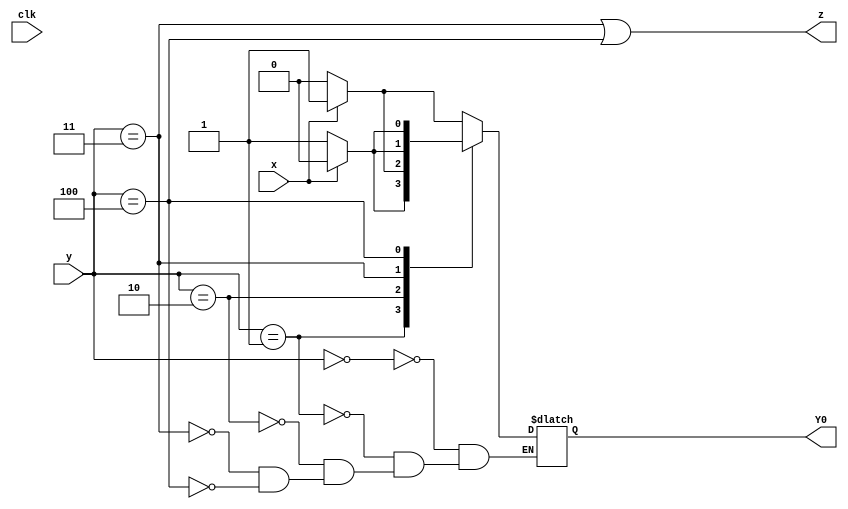
module top_module (
    input clk,
    input [2:0] y,
    input x,
    output Y0,
    output z
);
    parameter a = 0, b = 1, c = 2, d = 3, e = 4;
    reg [2:0] state, next;
    
    always @ (*) begin
        case(y)
            a : next = x ? b : a;
            b : next = x ? e : b;
            c : next = x ? b : c;
            d : next = x ? c : b;
            e : next = x ? e : d;
        endcase
    end
    always @ (posedge clk) begin
       	state <= next;
    end
    assign Y0 = next[0];
    assign z = (y == d) || (y == e);

endmodule